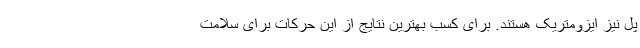
پل نیز ایزومتریک هستند. برای کسب بهترین نتایج از این حرکات برای سلامت